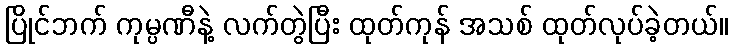
ပြိုင်ဘက် ကုမ္ပဏီနဲ့ လက်တွဲပြီး ထုတ်ကုန် အသစ် ထုတ်လုပ်ခဲ့တယ်။